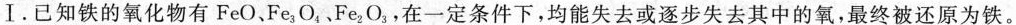
Ⅰ。已知铁的氧化物有FeO、Fe_{3}O，。Fe_{2}O_{3}，在一定条件下，均能失去或逐步失去其中的氧，最终被还原为铁。